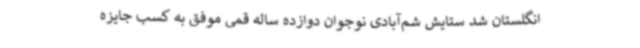
انگلستان شد ستایش شم‌آبادی نوجوان دوازده ساله قمی موفق به کسب جایزه